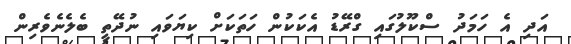
އަދި އެ ހަމަދު ސްކޫލުގައި ގްރޭޑު އެކަކުން ހަތަކަށް ކިޔަވައި ނުދޭތީ ބެލެނެވެރިން